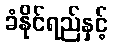
ခံနိုင်ရည်နှင့်